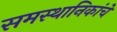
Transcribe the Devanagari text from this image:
समस्थानिकांचे